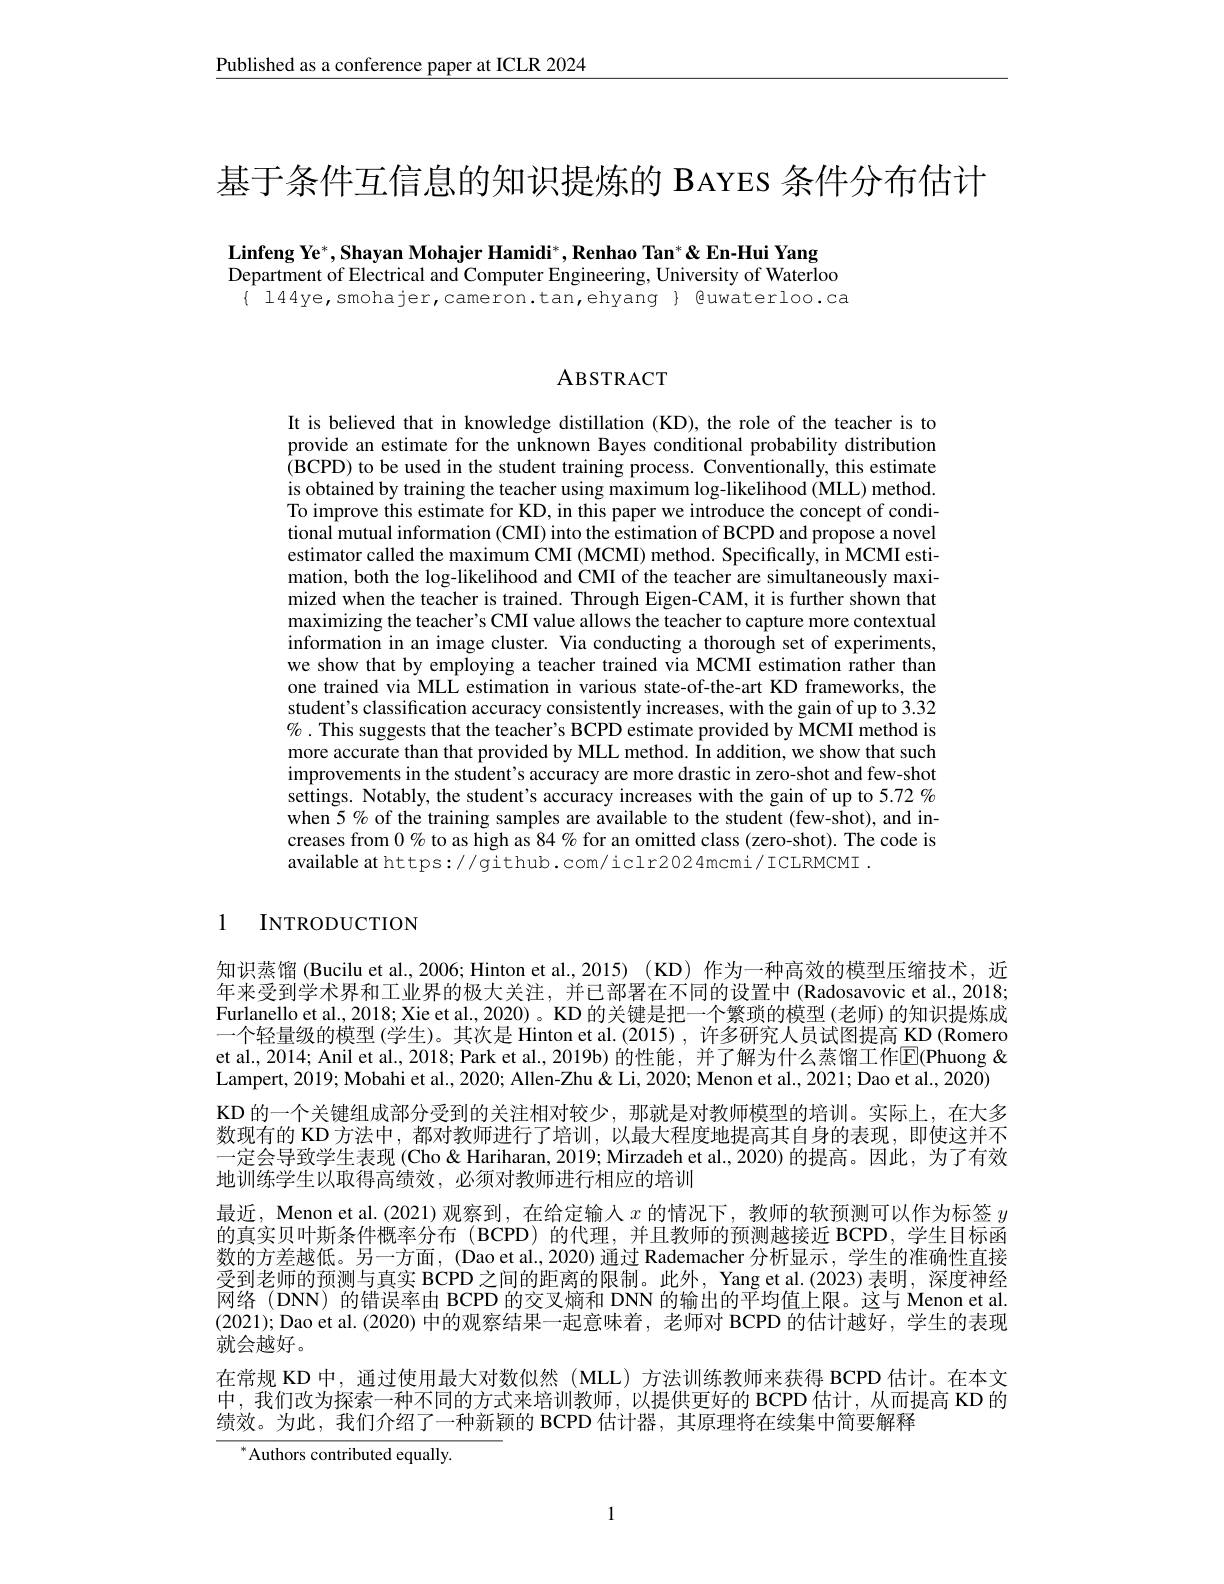
Published as a conference paper at ICLR 2024

基于条件互信息的知识提炼的 BAYES 条件分布估计

Linfeng Ye*, Shayan Mohajer Hamidi*, Renhao Tan* & En-Hui Yang
Department of Electrical and Computer Engineering, University of Waterloo $\{ 144ye, smohajer, cameron.tan, ehyang \} 色uwaterloo. ca$

## ABSTRACT

It is believed that in knowledge distillation (KD), the role of the teacher is to provide an estimate for the unknown Bayes conditional probability distribution (BCPD) to be used in the student training process. Conventionally, this estimate is obtained by training the teacher using maximum log-likelihood (MLL) method. To improve this estimate for KD, in this paper we introduce the concept of condi- $\hat{\text{tional mutual information (CMI) into the estimation of BCPD and propose a novel}}$ estimator called the maximum CMI (MCMI) method. Specifically, in MCMI estimation, both the log-likelihood and CMI of the teacher are simultaneously maximized when the teacher is trained. Through Eigen-CAM, it is further shown that maximizing the teacher's CMI value allows the teacher to capture more contextual information in an image cluster. Via conducting a thorough set of experiments, we show that by employing a teacher trained via MCMI estimation rather than one trained via MLL estimation in various state-of-the-art KD frameworks, the student's classification accuracy consistently increases, with the gain of up to 3.32 $\%.$This suggests that the teacher's BCPD estimate provided by MCMI method is more accurate than that provided by MLL method. În addition, we show that such improvements in the student's accuracy are more drastic in zero-shot and few-shot settings. Notably, the student's accuracy increases with the gain of up to 5.72 % when $5\%$ of the training samples are available to the student (few-shot), and increases from $0\%$ to as high as 84% for an omitted class (zero-shot). The code is available at https://github.com/iclr2024mcmi/ICLRMCMI .

1 INTRODUCTION

知识蒸馏 (Bucilu et al., 2006; Hinton et al., 2015) ( KD) 作为一种高效的模型压缩技术，近年来受到学术界和工业界的极大关注，并已部署在不同的设置中 (Radosavovic et al., 2018; Furlanello et al., 2018; Xie et al., 2020) 。KD 的关键是把一个繁琐的模型 (老师) 的知识提炼成一个轻量级的模型(学生)。其次是 Hinton et al.(2015), 许多研究人员试图提高 KD (Romero et al., 2014; Anil et al., 2018; Park et al., 2019b) 的性能，并了解为什么蒸馏工作$\overline{\mathrm{E}}$(Phuong & Lampert, 2019; Mobahi et al., 2020; Allen-Zhu & Li, 2020; Menon et al., 2021; Dao et al., 2020) KD 的一个关键组成部分受到的关注相对较少，那就是对教师模型的培训。实际上，在大多数现有的 KD 方法中，都对教师进行了培训，以最大程度地提高其自身的表现，即使这并不一定会导致学生表现 (Cho & Hariharan, 2019; Mirzadeh et al., 2020) 的提高。因此，为了有效地训练学生以取得高绩效，必须对教师进行相应的培训
最近，Menon et al.(2021) 观察到，在给定输入$x$的情况下，教师的软预测可以作为标签$y$ 的真实贝叶斯条件概率分布(BCPD)的代理，并且教师的预测越接近 BCPD,学生目标函数的方差越低。另一方面，(Dao et al.,2020) 通过 Rademacher 分析显示，学生的准确性直接受到老师的预测与真实 BCPD 之间的距离的限制。此外，Yang et al.(2023)表明，深度神经网络 (DNN) 的错误率由 BCPD 的交叉熵和 DNN 的输出的平均值上限。这与 Menon et al. (2021); Dao et al. (2020) 中的观察结果一起意味着，老师对 BCPD 的估计越好，学生的表现就会越好。
在常规 KD 中，通过使用最大对数似然 (MLL) 方法训练教师来获得 BCPD 估计。在本文中，我们改为探索一种不同的方式来培训教师，以提供更好的 BCPD 估计，从而提高 KD 的绩效。为此，我们介绍了一种新颖的 BCPD 估计器，其原理将在续集中简要解释

$^{*}$Authors contributed equally.